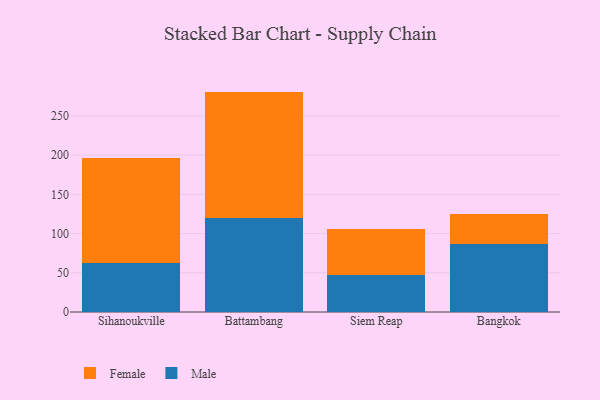
{"axis": {"x": "City", "y": "Market Share (%)"}, "legend": ["Female", "Male"], "data": [{"x": "Sihanoukville", "y": 63.1, "type": "Male"}, {"x": "Sihanoukville", "y": 133.1, "type": "Female"}, {"x": "Battambang", "y": 120.1, "type": "Male"}, {"x": "Battambang", "y": 160.9, "type": "Female"}, {"x": "Siem Reap", "y": 46.6, "type": "Male"}, {"x": "Siem Reap", "y": 58.6, "type": "Female"}, {"x": "Bangkok", "y": 87.1, "type": "Male"}, {"x": "Bangkok", "y": 38.1, "type": "Female"}]}